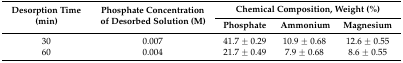
<table><thead><tr><td rowspan="2"><b>Desorption Time (min)</b></td><td rowspan="2"><b>Phosphate Concentration of Desorbed Solution (M)</b></td><td colspan="3"><b>Chemical Composition, Weight (%)</b></td></tr><tr><td><b>Phosphate</b></td><td><b>Ammonium</b></td><td><b>Magnesium</b></td></tr></thead><tbody><tr><td>30</td><td>0.007</td><td>41.7 ± 0.29</td><td>10.9 ± 0.68</td><td>12.6 ± 0.55</td></tr><tr><td>60</td><td>0.004</td><td>21.7 ± 0.49</td><td>7.9 ± 0.68</td><td>8.6 ± 0.55</td></tr></tbody></table>